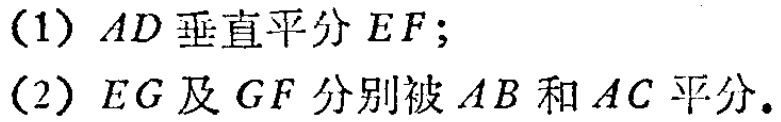
(1) \(AD\)垂直平分\(EF\);
(2) \(EG\)及\(GF\)分别被\(AB\)和\(AC\)平分.